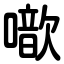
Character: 噷